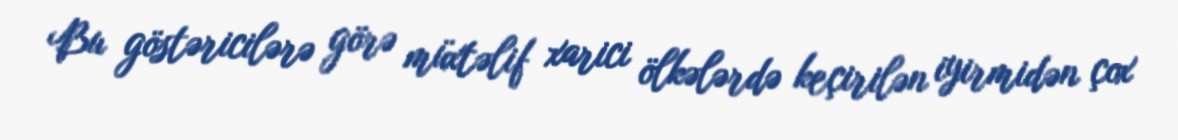
Bu göstəricilərə görə müxtəlif xarici ölkələrdə keçirilən iyirmidən çox